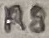
Text: R8